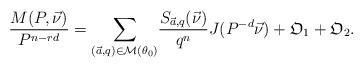
LaTeX: \begin{align*}\frac{M(P,\vec{\nu})}{P^{n-rd}}= \sum_{(\vec{a},q)\in \mathcal{M}(\theta_0)} & \frac{ S_{\vec{a},q}(\vec{\nu})}{q^n} J(P^{-d}\vec{\nu}) +\mathfrak{O}_1+\mathfrak{O}_2.\end{align*}